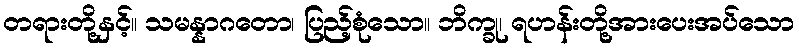
တရားတို့နှင့်။ သမန္နာဂတော၊ ပြည့်စုံသော။ ဘိက္ခု၊ ရဟန်းတို့အားပေးအပ်သော